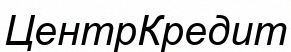
ЦентрКредит